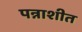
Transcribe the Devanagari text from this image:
पन्नाशीत